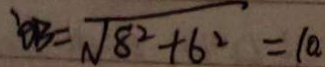
O B = \sqrt { 8 ^ { 2 } + 6 ^ { 2 } } = 1 0